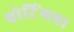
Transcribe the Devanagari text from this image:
बोटिंगचा